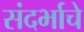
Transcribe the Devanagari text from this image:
संदर्भाचे